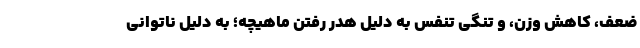
ضعف، کاهش وزن، و تنگی تنفس به دلیل هدر رفتن ماهیچه؛ به دلیل ناتوانی